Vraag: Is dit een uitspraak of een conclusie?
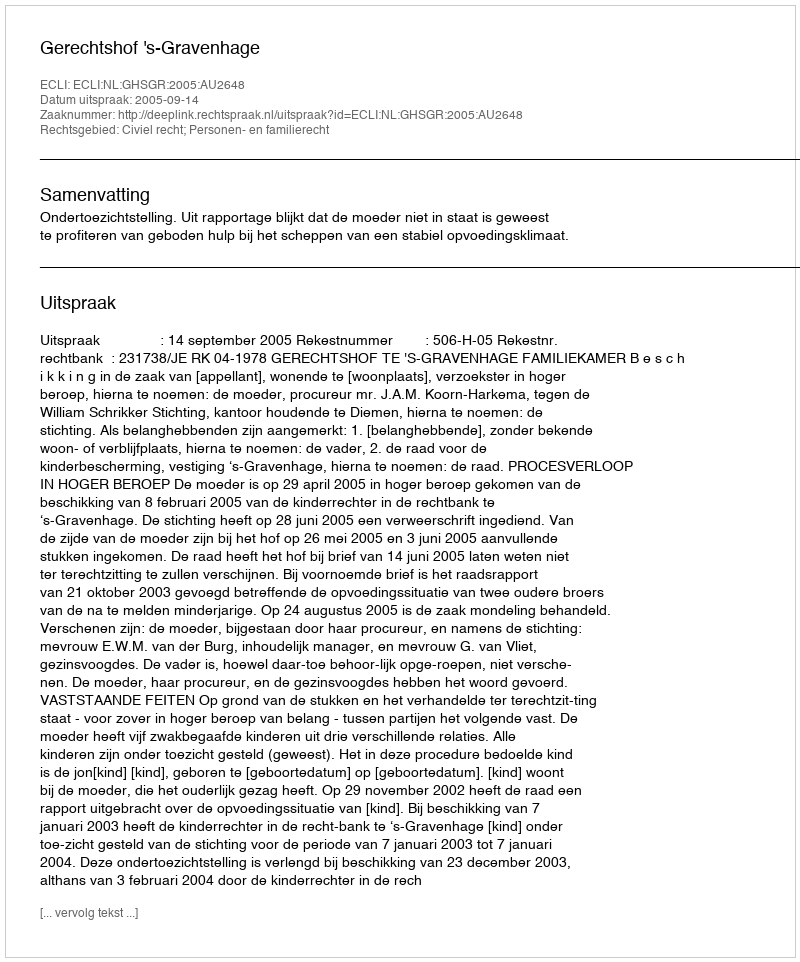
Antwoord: Uitspraak